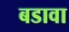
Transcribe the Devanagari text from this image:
बडावा